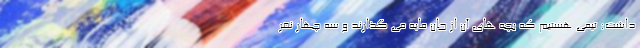
داشت: تیمی هستیم که بچه های آن از جان مایه می گذارند و سه چهار نفر